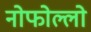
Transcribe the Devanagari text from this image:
नोफोल्लो